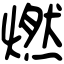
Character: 燃